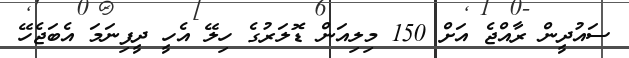
ސައުދީން ރާއްޖެ އަށް 150 މިލިއަން ޑޮލަރުގެ ހިލޭ އެހީ ދީފިނަމަ އެބަޖެހޭ